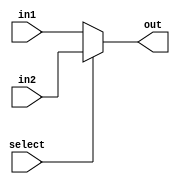
module MUX1(
    input select,
    input [BITS-1:0] in1,
    input [BITS-1:0] in2,
    output [BITS-1:0] out
    );
	 
	 parameter BITS = 16;
	 
	 assign out = (select == 0) ? in1 : // select input 1
					  (select == 1) ? in2 : 1'bx; // who knows!
endmodule